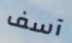
آسف